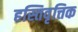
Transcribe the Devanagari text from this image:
हस्तिवृत्तिक